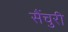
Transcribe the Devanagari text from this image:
सैंचुरी